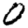
Digit: 0